Vital statistics of India. Vol. IV, Annual returns from 1871 to 1876. British Army of India, Native Army and jails of Bengal
Year: 1871
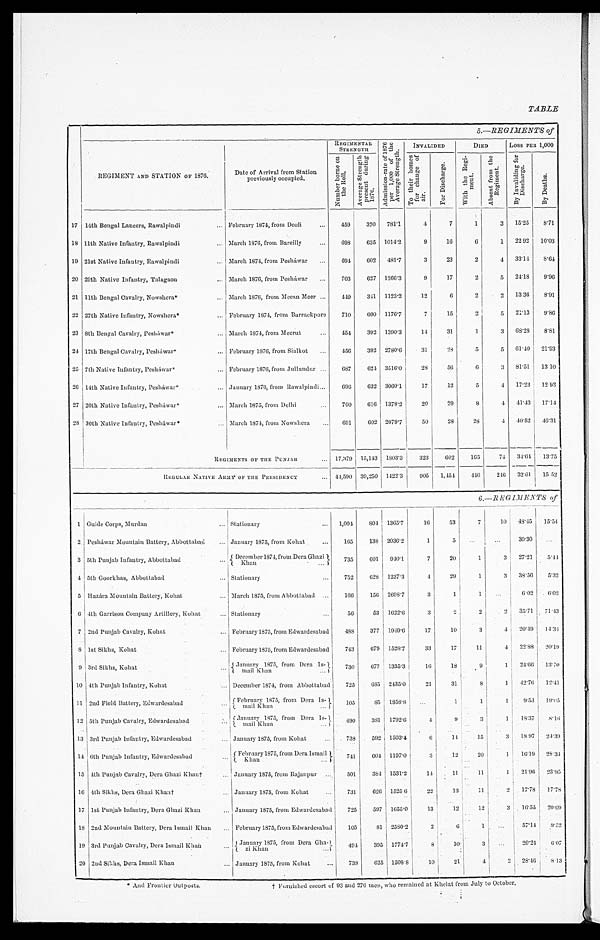
TABLE
5.—REGIMENTS of
REGIMENT AND STATION OF 1876.
Date of Arrival from Station
previously occupied.
REGIMENTAL STRENGTH
A d m i s s i o n - r a t e o f 1 8 7 6
p e r 1 , 0 0 0 o f t h e
a i r .
INVALIDED
DIED
Loss PER 1, 000
N u m b e r b o r n e o n
t h e R o l l .
A v e r a g e S t r e n g t h
p r e s e n t d u r i n g
1876.
F o r D i s c h a r g e .
W i t h t h e R e g i -
m e n t
A b s e n t f r o m t h e
R e g i m e n t .
B y I n v a l i d i n g f o r
D i s c h a r g e .
B y D e a t h s .
17 14th Bengal Lancers, Rawalpindi
February 1874, from Deoli
459 370 781.1
4
7
1
3 15.25 8.71
18 11th Native Infantry, Rawalpindi
March 1876, from Bareilly 698 635 1014.2
9 16
6 1 22 92 1 0 . 0 3
19 21st Native Infantry, Rawalpindi
March 1874, from Pesháwar
694 602 481.7
3 23
2
4 33.14 8.64
20 29th Native Infantry, Talagaon
March 1876, from Pesháwar
703 627 1266.3
9 17
2
5 24.18 9.96
21 11th Bengal Cavalry, Nowsherá
March 1876, from Meean Meer
449 341 1123.2 12
6
2
2 13.36 8.91
22 27th Native Infantry, Nowshera* February 1874, from Barrackpore 710 600 1176.7
7 15
2
5 21.13 9.86
23 8th Bengal Cavalry, Pesháwar*
March 1874, from Meerut 454 392 1390.3 14 31
1
3 68.28 8.81
24 17th Bengal Cavalry, Pesháwar*
February 1876, from Sialkot
456 392 2780.6 31 28 5
5 61. 40 2 1 . 9 3
25 7th Native Infantry, Pesháwar*
February 1876, from Jullundur
687 624 3516.0 28 56
6
3 81.51 1 3 . 1 0
26 14th Native Infantry, Pesháwar*
January 1876, from Rawalpindi 696 632 3060.1 17 12
5
4 17.23 1 2 . 9 3
27 20th Native Infantry, Pesháwar*
March 1875, from Delhi
700 616 1378.2 20 29
8
4 41.43 17.14
28 30th Native Infantry, Pesháwar*
March 1874, from Nowshera 691 602 2079.7 50 28 28
4 40.52 46.31
REGIMENTS OF THE PUNJAB
-
17,379 15,143 1803.3 323 602 165 74 34.64 13.75
REGULAR NATIVE ARMY OF THE PRESIDENCY 41,590 39,250 1422.3 905 1,454 446 246 32.61 15 52
6.—R EGIMENTS of
1 Guide Corps, Murdan
Stationary
1,094 804 1365.7 16 53
7 10 48.45 1 5 . 5 4
2 Pesháwar Mountain Battery, Abbottabad
January 1875, from Kohat
165 138 2036.2
1
5
30.30
3 5th Punjab Infantry, Abbot tabad
December 1874, from Dera Ghazi
Khan
735 601 940.1
7 20
1
27.21 5 . 4 4
4
5th Goorkhas, Abbottabad. Stationary... 752 628 1237.3
4 29
1
3 38.56 5 . 3 2
5 Hazára Mountain Battery, Kohat March 1875, from Abbottabad 166 156 2698.7
3
1
6.02 6 . 0 2
6 4th Garrison Company Artillery, Kohat Stationary
56 53 1622.6
3
2
2 35.71 71.43
7 2nd Punjab Cavalry, Kohat
February 1875, from Edwardesabad 488 377 1949.6 17 10
3
4 20.49 1 4 . 3 4
8 1st Sikhs, Kohat February 1875, from Edwardesabad 743 679 1528.7 33 17 11
4 22.88 20. 19
9 3rd Sikhs, Kohat
J a n u a r y 1 8 7 5 , f r o m D e r a
I s - m a i l k h a n . 730 677 1335.3 16 18
9
1 24.66 13.70
10 4th Punjab Infantry, kohat
December 1874, from Abbottabad 725 685 2435.0 21 31
. 8 1 42.76 1 2 . 4 1
11 2nd Field Battery Edwardesabad
February 1875 from Dera Is-
mail Khan 105 85 1858.8
1
1 9.53 1 9 . 6 5
12 5t h Punj ab Caval ry, Edwardesabad
" (January 1875,from Dera Is-
mail Khan
490 381 1792.6
4
9
3 1 18.37 8 . 1 6
13 3rd Punjab Infantry, Edwardesabad
January 1875, from Kohat
738 592 1503.4
6 11 15 . 3 I8 97 24. 39
14 6th Punj ab Infantry, Edwardesaba
• February 1875 from Dera Ismail I
Khan
7 . 4 1
604 1197.0
3 12 20
1 16.19 28. 34
15 4th Punjab Cavalry, Dera Ghazi Khan†
January 1875, from Rajanpur
501 384 1531.2 14 11 I11
1 I21.96 23. 95
16 4th Sikhs, Dera Ghazi Khan† January 1875, from Kohat
731 626 1525.6 22 13 11 I 2 17.78 1 7 . 7 8
17 1st Punjab Infantry, Dera Ghazi Khan January 1875, from Edwardesabad 725 597 1655.0 13 12 12
3 16.55 2 0 . 6 9
18 2nd Mountain Battery, Dera Ismail Khan February 1875, from Edwardesabad 105 81 2580.2
2
6
1
57.14 9 . 5 2
19 3rd Punjab Cavalry, Dera Ismail Khan
January 1875, from Dera Gha-
ziK h a n 494 395 1774.7
8 10
3
20.24 6 . 0 7
20 2nd Sikhs, Dera Ismail Khan
January 1875, from Kohat
738 625 1508.8 10 21
4
2 28.46 8 . 1 3
*
And Frontier Outposts.
t Furnished escort of 93 and 276 Mee, Wh0 remained at Khelat from July to October.,